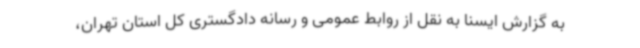
به گزارش ایسنا به نقل از روابط عمومی و رسانه دادگستری کل استان تهران،